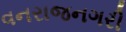
વનરાજનગરી